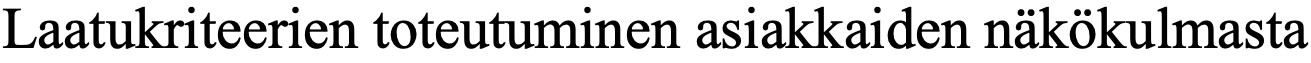
Laatukriteerien toteutuminen asiakkaiden näkökulmasta